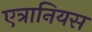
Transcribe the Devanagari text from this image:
एत्रानियस